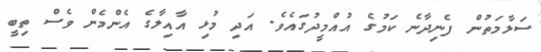
ސަލާމަތުން ފެނިދާނެ ކަމުގެ އުއްމީދުގައެވެ. އަދި މުޅި އާއިލާގެ އެންމެން ވެސް ތިބީ